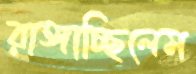
রাঙ্গাচ্ছিলেম